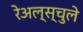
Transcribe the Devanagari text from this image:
रेअल्स्चुले